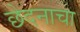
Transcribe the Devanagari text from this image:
छेदनाचा